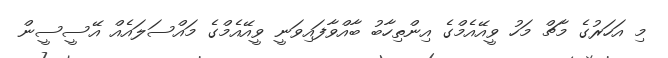
މި އަހަރުގެ މާޗް މަހު ވީއޭއެމްގެ އިންތިހާބު ބާއްވާފައިވަނީ ވީއޭއެމްގެ މައްސަލައެއް އޭސީސީން